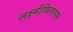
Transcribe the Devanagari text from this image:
लक्ष्मीविलासम